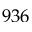
9 3 6